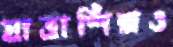
যাত্রাশিল্পও